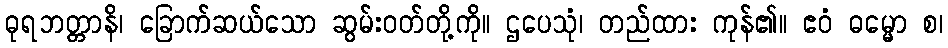
ဓုရဘတ္တာနိ၊ ခြောက်ဆယ်သော ဆွမ်းဝတ်တို့ကို။ ဌပေသုံ၊ တည်ထား ကုန်၏။ ဧဝံ ဓမ္မော စ၊